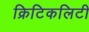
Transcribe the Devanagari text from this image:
क्रिटिकलिटी